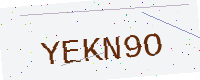
Text: YEKN9O